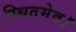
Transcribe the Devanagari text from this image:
स्थितमेव।